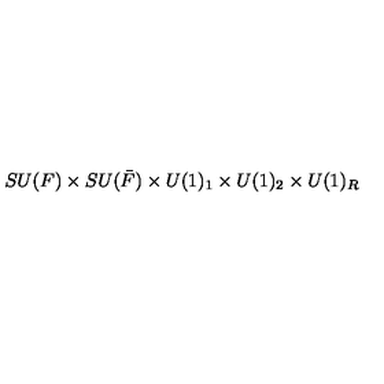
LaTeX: S U ( F ) \times S U ( \bar { F } ) \times U ( 1 ) _ { 1 } \times U ( 1 ) _ { 2 } \times U ( 1 ) _ { R }